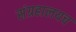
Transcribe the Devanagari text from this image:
संग्रहालयच